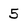
Character: 5